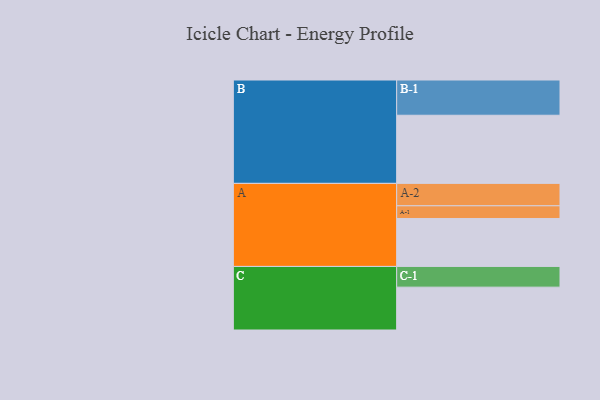
{"axis": {"x": "Segment", "y": "Value"}, "legend": ["", "A", "B", "C"], "data": [{"x": "A", "y": 366, "type": ""}, {"x": "B", "y": 520, "type": ""}, {"x": "C", "y": 327, "type": ""}, {"x": "A-1", "y": 97, "type": "A"}, {"x": "A-2", "y": 171, "type": "A"}, {"x": "B-1", "y": 269, "type": "B"}, {"x": "C-1", "y": 158, "type": "C"}]}